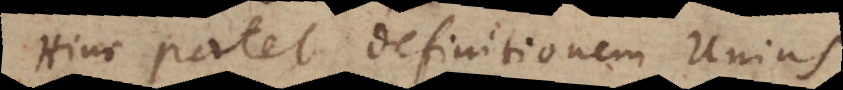
Hinc patet definitionem Unius